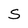
Character: S